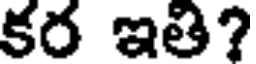
కర ఇతి?